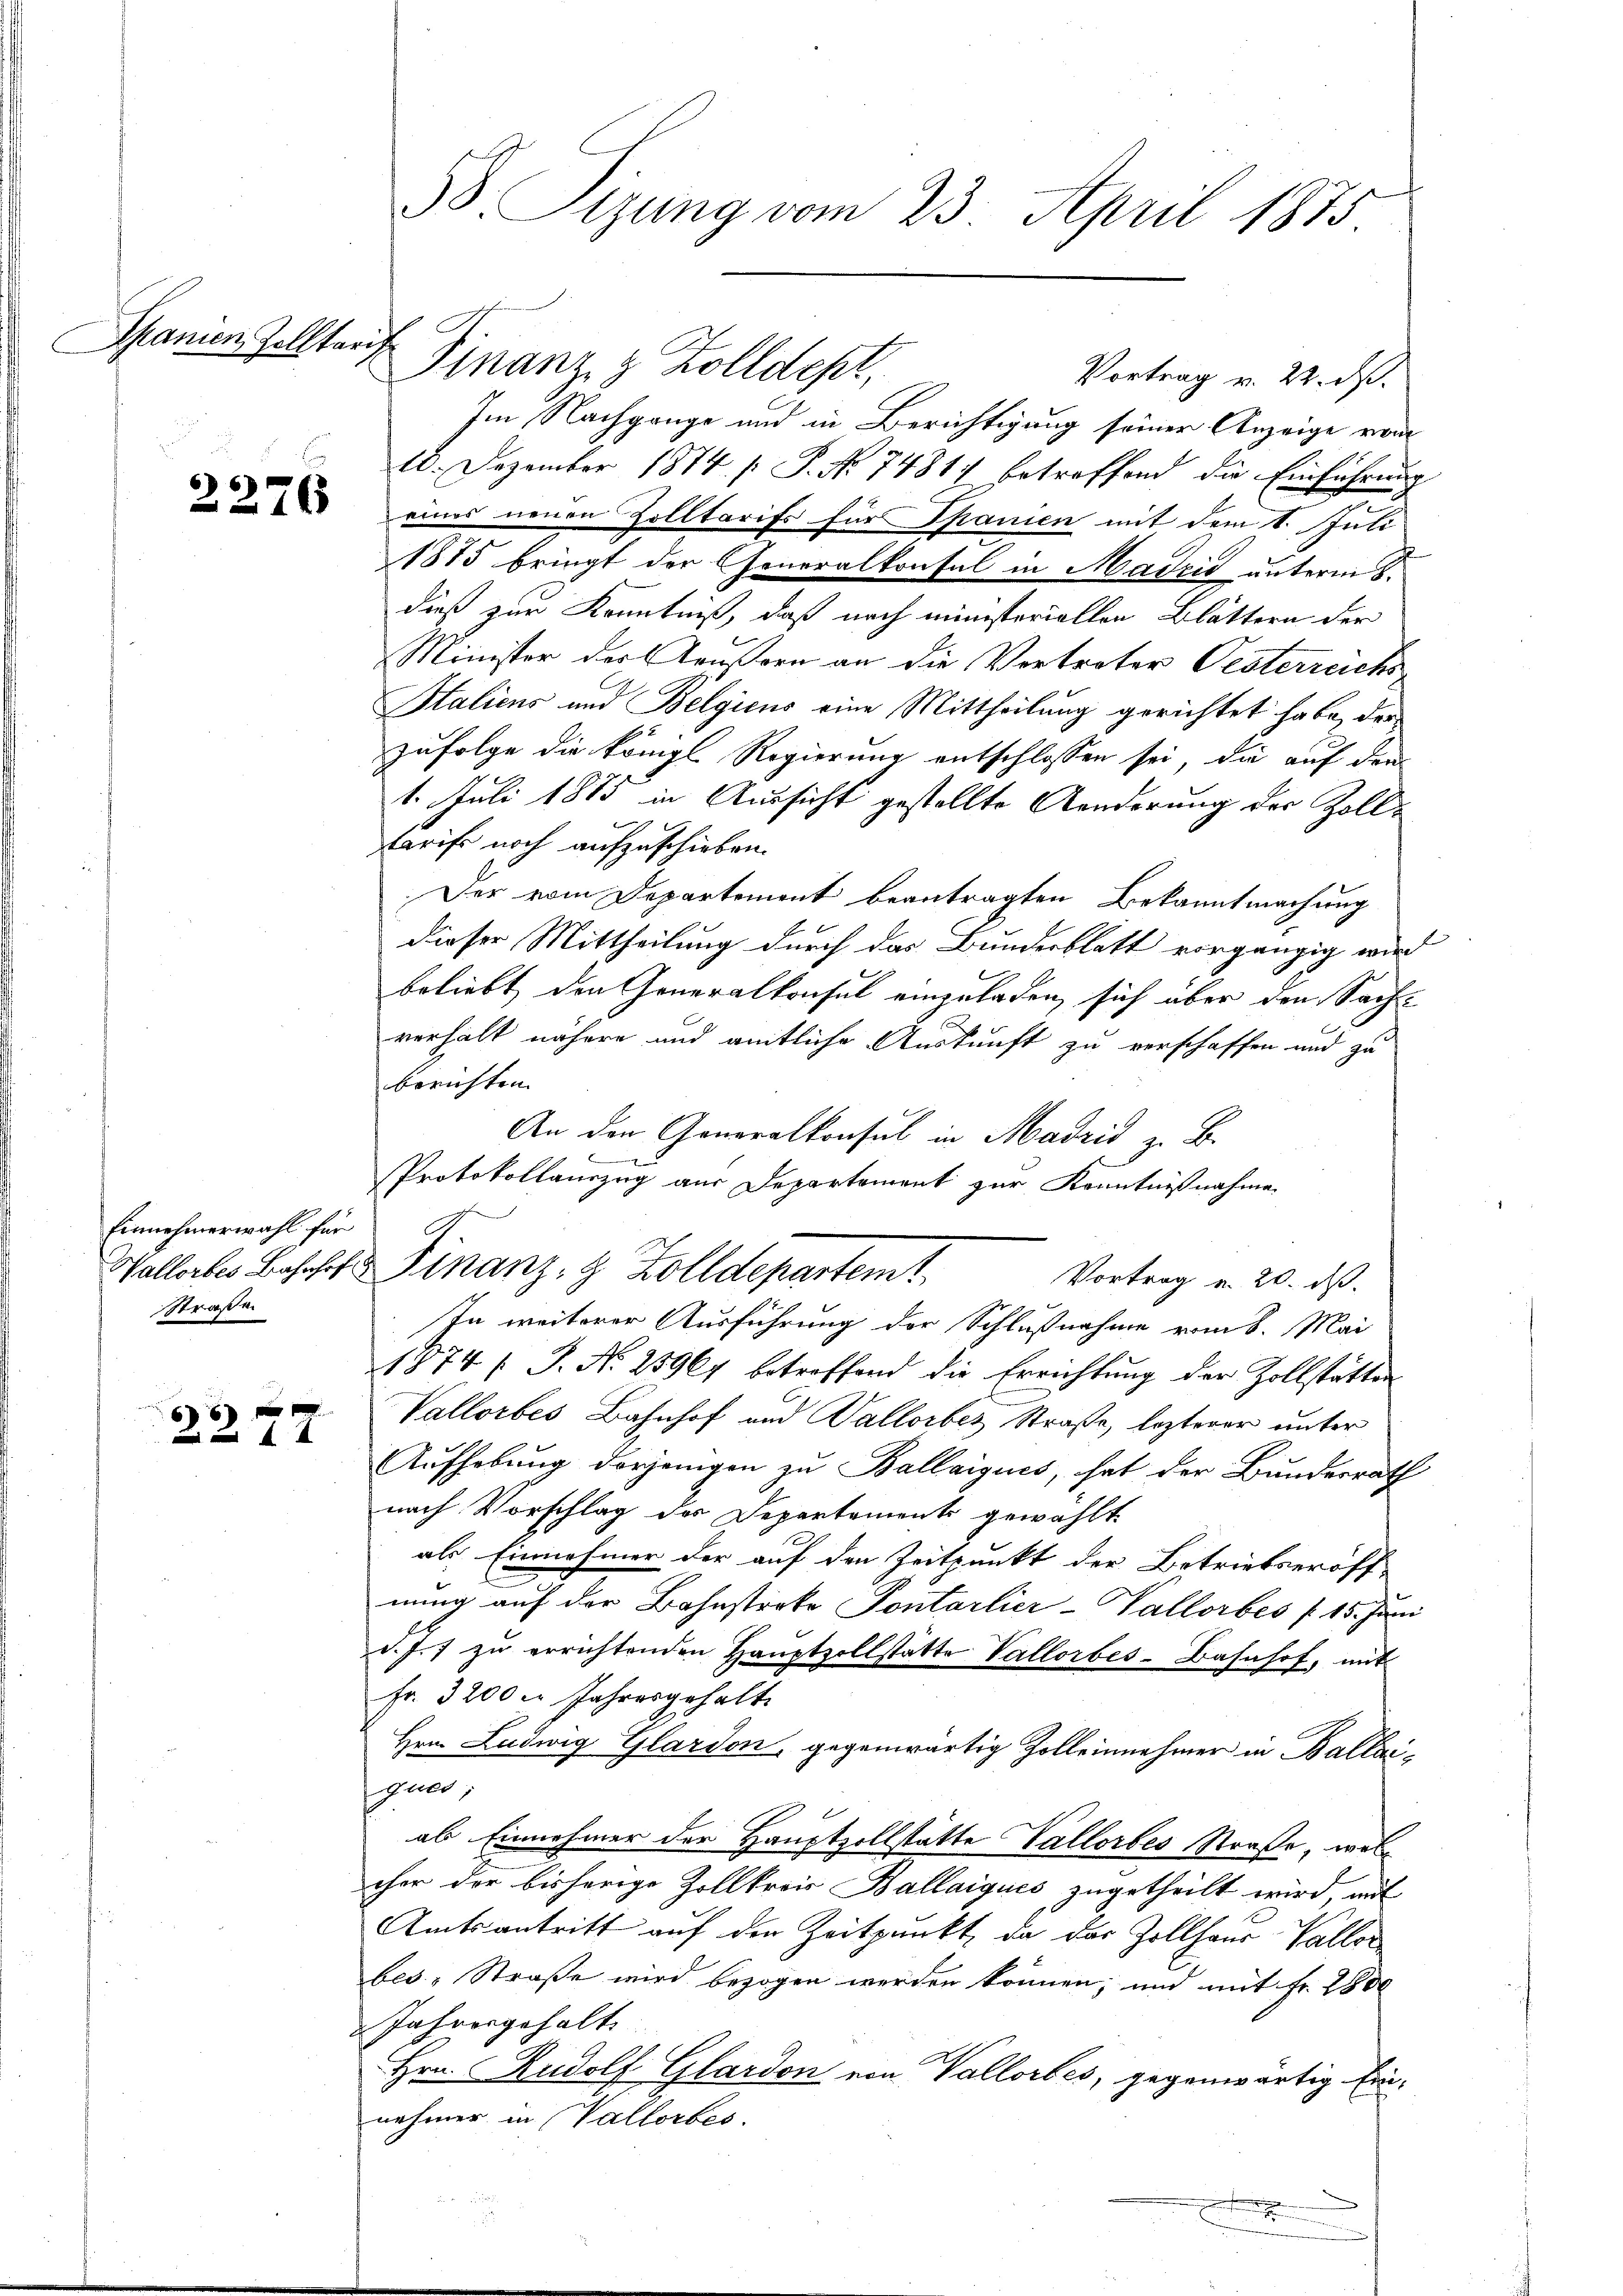
Spanien, Zolltaris

2276

Einnehmerwahl für
Straße

66 f 0

3 Sizung vom 23. April 1875

Vortrag v. 22. ds.
Im Nachgange und in Berichtigung seiner Anzeige vom
10. Dezember 1874 [ P. No 74811 betreffend die Einführung
eines neuen Zolltarifs für Spanien mit dem 1. Juli
1875 bringt der Generalkonsul in Madzić unterm 8.
dieß zur Kenntniß, daß nach ministeriellen Blättern der
Minister der Aeußern an die Vertreter Oesterreichs
Italiens und Belgicus eine Mittheilung gerichtet habe, der
zufolge die königl. Regierung entschlossen sei, die auf den
1. Juli 1885 in Aussicht gestellte Aenderung der Zoll-
Tarife noch aufzuschieben.
Der vom Departement beantragten Bekanntmachung
dieser Mittheilung durch das Bundesblatt vorgängig wird
beliebt den Generalkonsul einzuladen, sich über den Sachverhält nähere und amtliche Auskunft zu verschaffen und zu
berichten.
An den Generalkonsul in Madrid z. B.
b
Protokollauszug aus Departement zur Kenntnißnahme
Vortrag a. 20. ds.
In weiterer Ausführung der Schlußnahme vom 8. Mai
1874 / S. Nr. 25967 betreffend die Errichtung der Zollstätten
Vallorbes Bahnhof und Vallorbes Straße, lezterer unter
Aufhebung derjenigen zu Ballaigues, hat der Bundesrath
nach Vorschlag der Departements gewählt.
als Einnahmer der auf den Zeitpunkt der Betriebseröff-
nung auf der Bahnstreke Pontarlier-Pallorbes (15. Juni
d. J. zu errichtenden Hauptzollstatte Vallorbes-Bahnhof, mit
Fr. 3200 l. Jahresgehalte
Hrn. Ludwig Glardon, gegenwärtig Zolleinnehmer in Ballai
guer,
als Einnehmer der Hauptzollstätte Vallorbes Straße, wel
cher der bisherige Zollkreis Ballaigues zugetheilt wird, mit
Amtsantritt auf den Zeitpunkt, da das Zollhaus Vallor
bes-Straße wird bezogen werden können; und mit Fr. 2800
 Jahrengehalte
Hrn. Rudolf Glardon von Vallorbes, gegenwärtig. Ein-
nehmer in Vallorbes.

Finanz & Zolldept,

a
Vallerbes Bahnhof Finanz- & Zolldepartemt